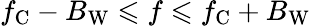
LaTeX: f_{\mathrm{C}}-B_{\mathrm{W}}\leqslant f\leqslant f_{\mathrm{C}}+B_{\mathrm{W}}